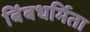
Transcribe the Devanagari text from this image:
बिंबधर्मिता